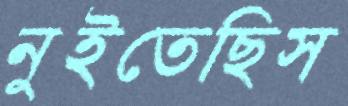
নুইতেছিস